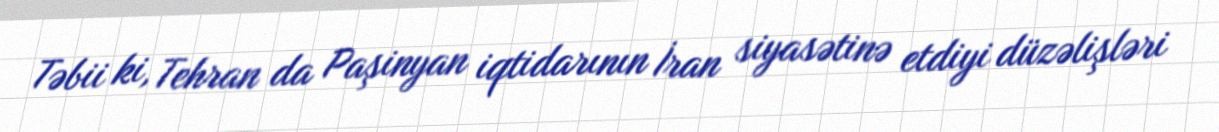
Təbii ki, Tehran da Paşinyan iqtidarının İran siyasətinə etdiyi düzəlişləri